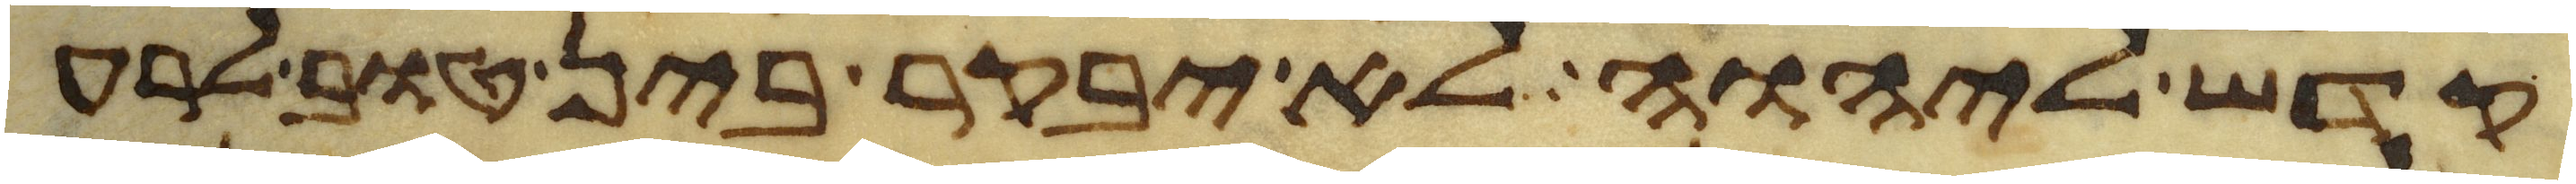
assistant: קדש ליהוה לא יבקר בין טוב לרע